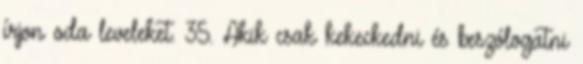
í­rjon oda leveleket. 35. Akik csak kekeckedni és beszólogatni